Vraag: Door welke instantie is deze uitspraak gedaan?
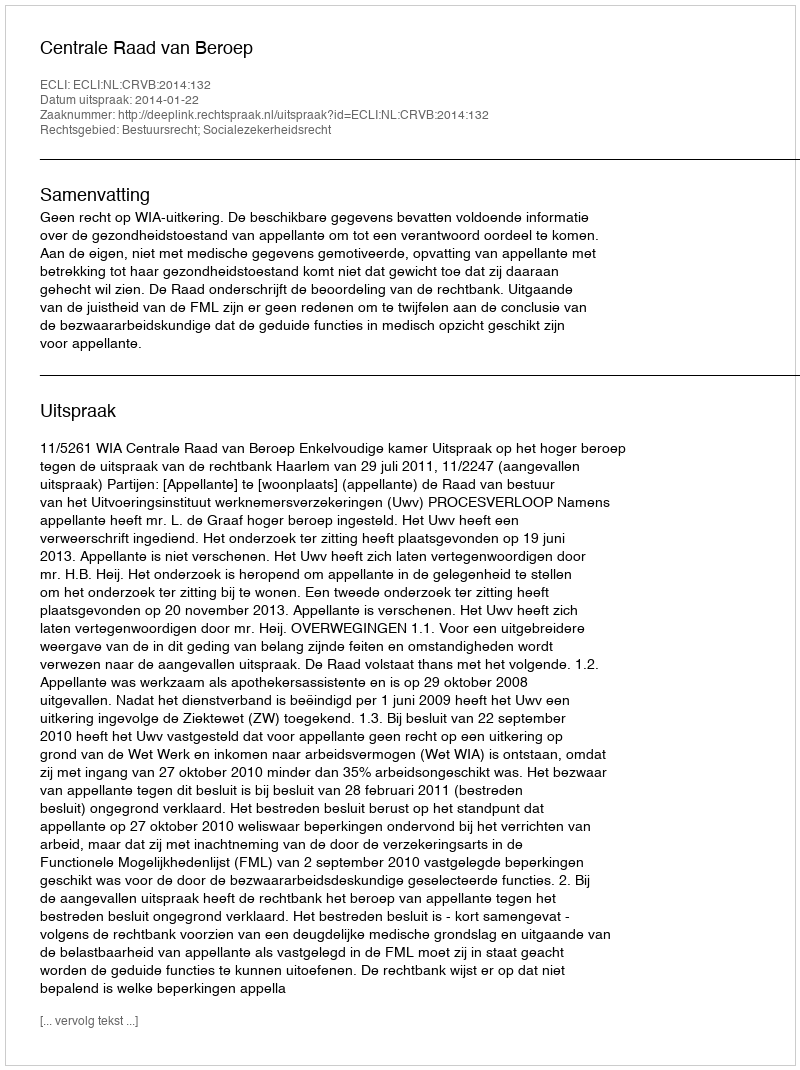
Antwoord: Centrale Raad van Beroep